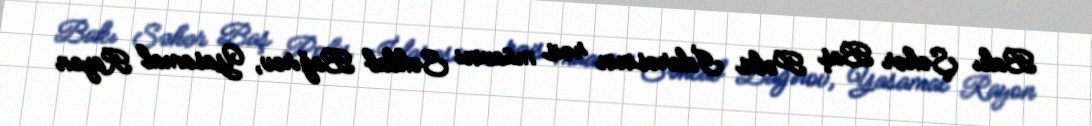
Bakı Şəhər Baş Polis İdarəsinin rəis müavini Səhlab Bağırov, Yasamal Rayon